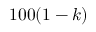
1 0 0 ( 1 - k ) \